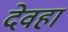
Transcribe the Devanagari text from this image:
देवहा